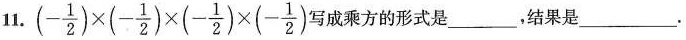
11. $$(- \frac{1}{2})\times(- \frac{1}{2})\times(- \frac{1}{2})\times(- \frac{1}{2})$$ 成乘方的形式是___，结果是___.